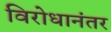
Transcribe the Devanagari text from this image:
विरोधानंतर